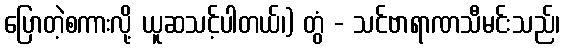
ပြောတဲ့စကားလို့ ယူဆသင့်ပါတယ်၊) တွံ - သင်ဗာရာဏသီမင်းသည်၊